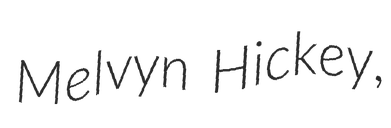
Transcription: Melvyn Hickey,